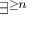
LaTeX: \exists ^ { \geq n }